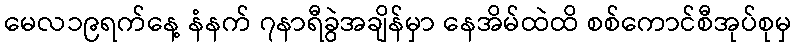
မေလ၁၉ရက်နေ့ နံနက် ၇နာရီခွဲအချိန်မှာ နေအိမ်ထဲထိ စစ်ကောင်စီအုပ်စုမှ